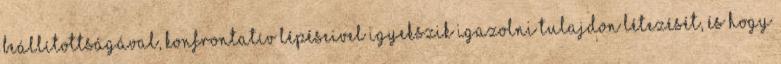
beállítottságával, konfrontatív lépéseivel igyekszik igazolni tulajdon létezését, és hogy